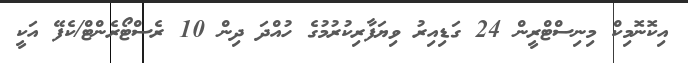
އިކޮނޮމިކް މިނިސްޓްރީން 24 ގަޑިއިރު ވިޔަފާރިކުރުމުގެ ހުއްދަ ދިން 10 ރެސްޓޯރެންޓް/ކެފޭ އަކީ